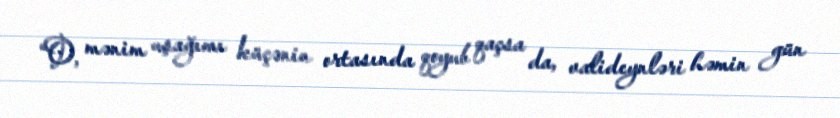
“O, mənim uşağımı küçənin ortasında qoyub qaçsa da, valideynləri həmin gün